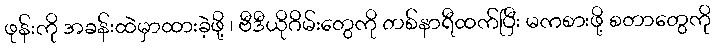
ဖုန်းကို အခန်းထဲမှာထားခဲ့ဖို့ ၊ ဗီဒီယိုဂိမ်းတွေကို တစ်နာရီထက်ပြီး မကစားဖို့ စတာတွေကို